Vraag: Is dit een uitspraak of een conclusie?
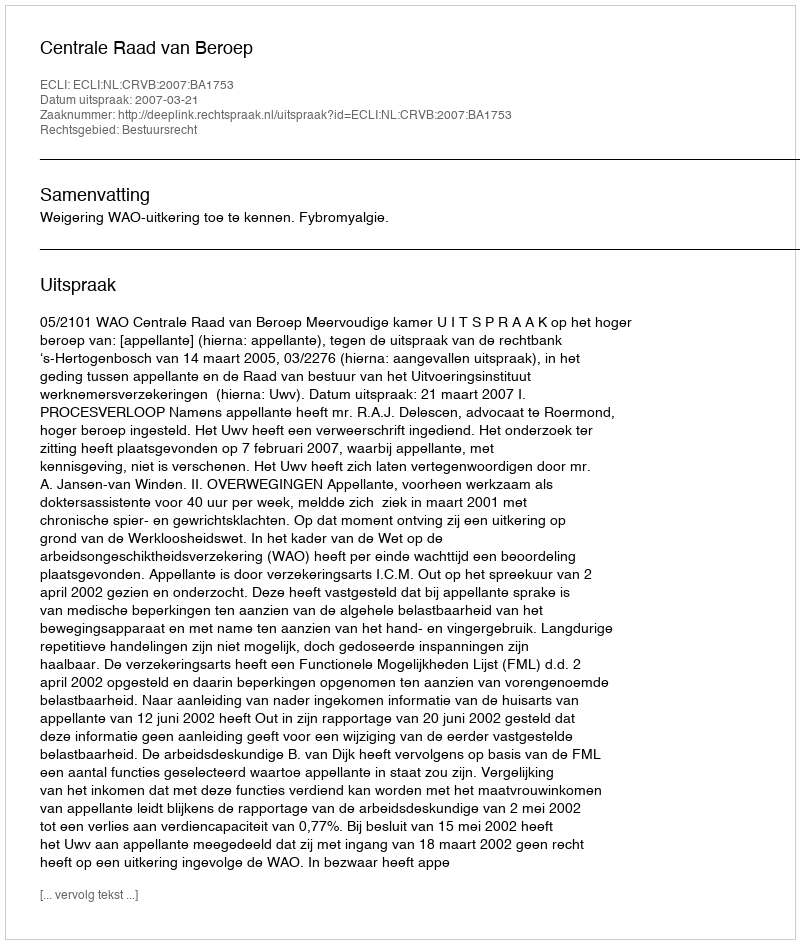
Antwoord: Uitspraak